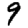
Digit: 9